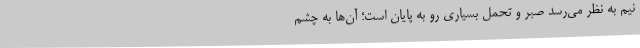
نیم به نظر می‌رسد صبر و تحمل بسیاری رو به پایان است؛ آن‌ها به چشم